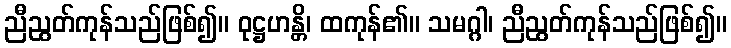
ညီညွတ်ကုန်သည်ဖြစ်၍။ ဝုဋ္ဌဟန္တိ၊ ထကုန်၏။ သမဂ္ဂါ၊ ညီညွတ်ကုန်သည်ဖြစ်၍။